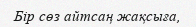
Бір сөз айтсаң жақсыға,